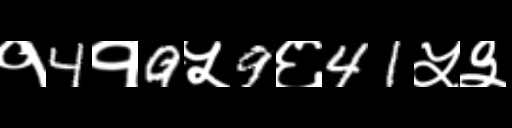
Text: १4१9५9६41५३